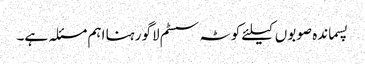
پسماندہ صوبوں کیلئے کوٹہ سسٹم لاگو رہنا اہم مسئلہ ہے۔